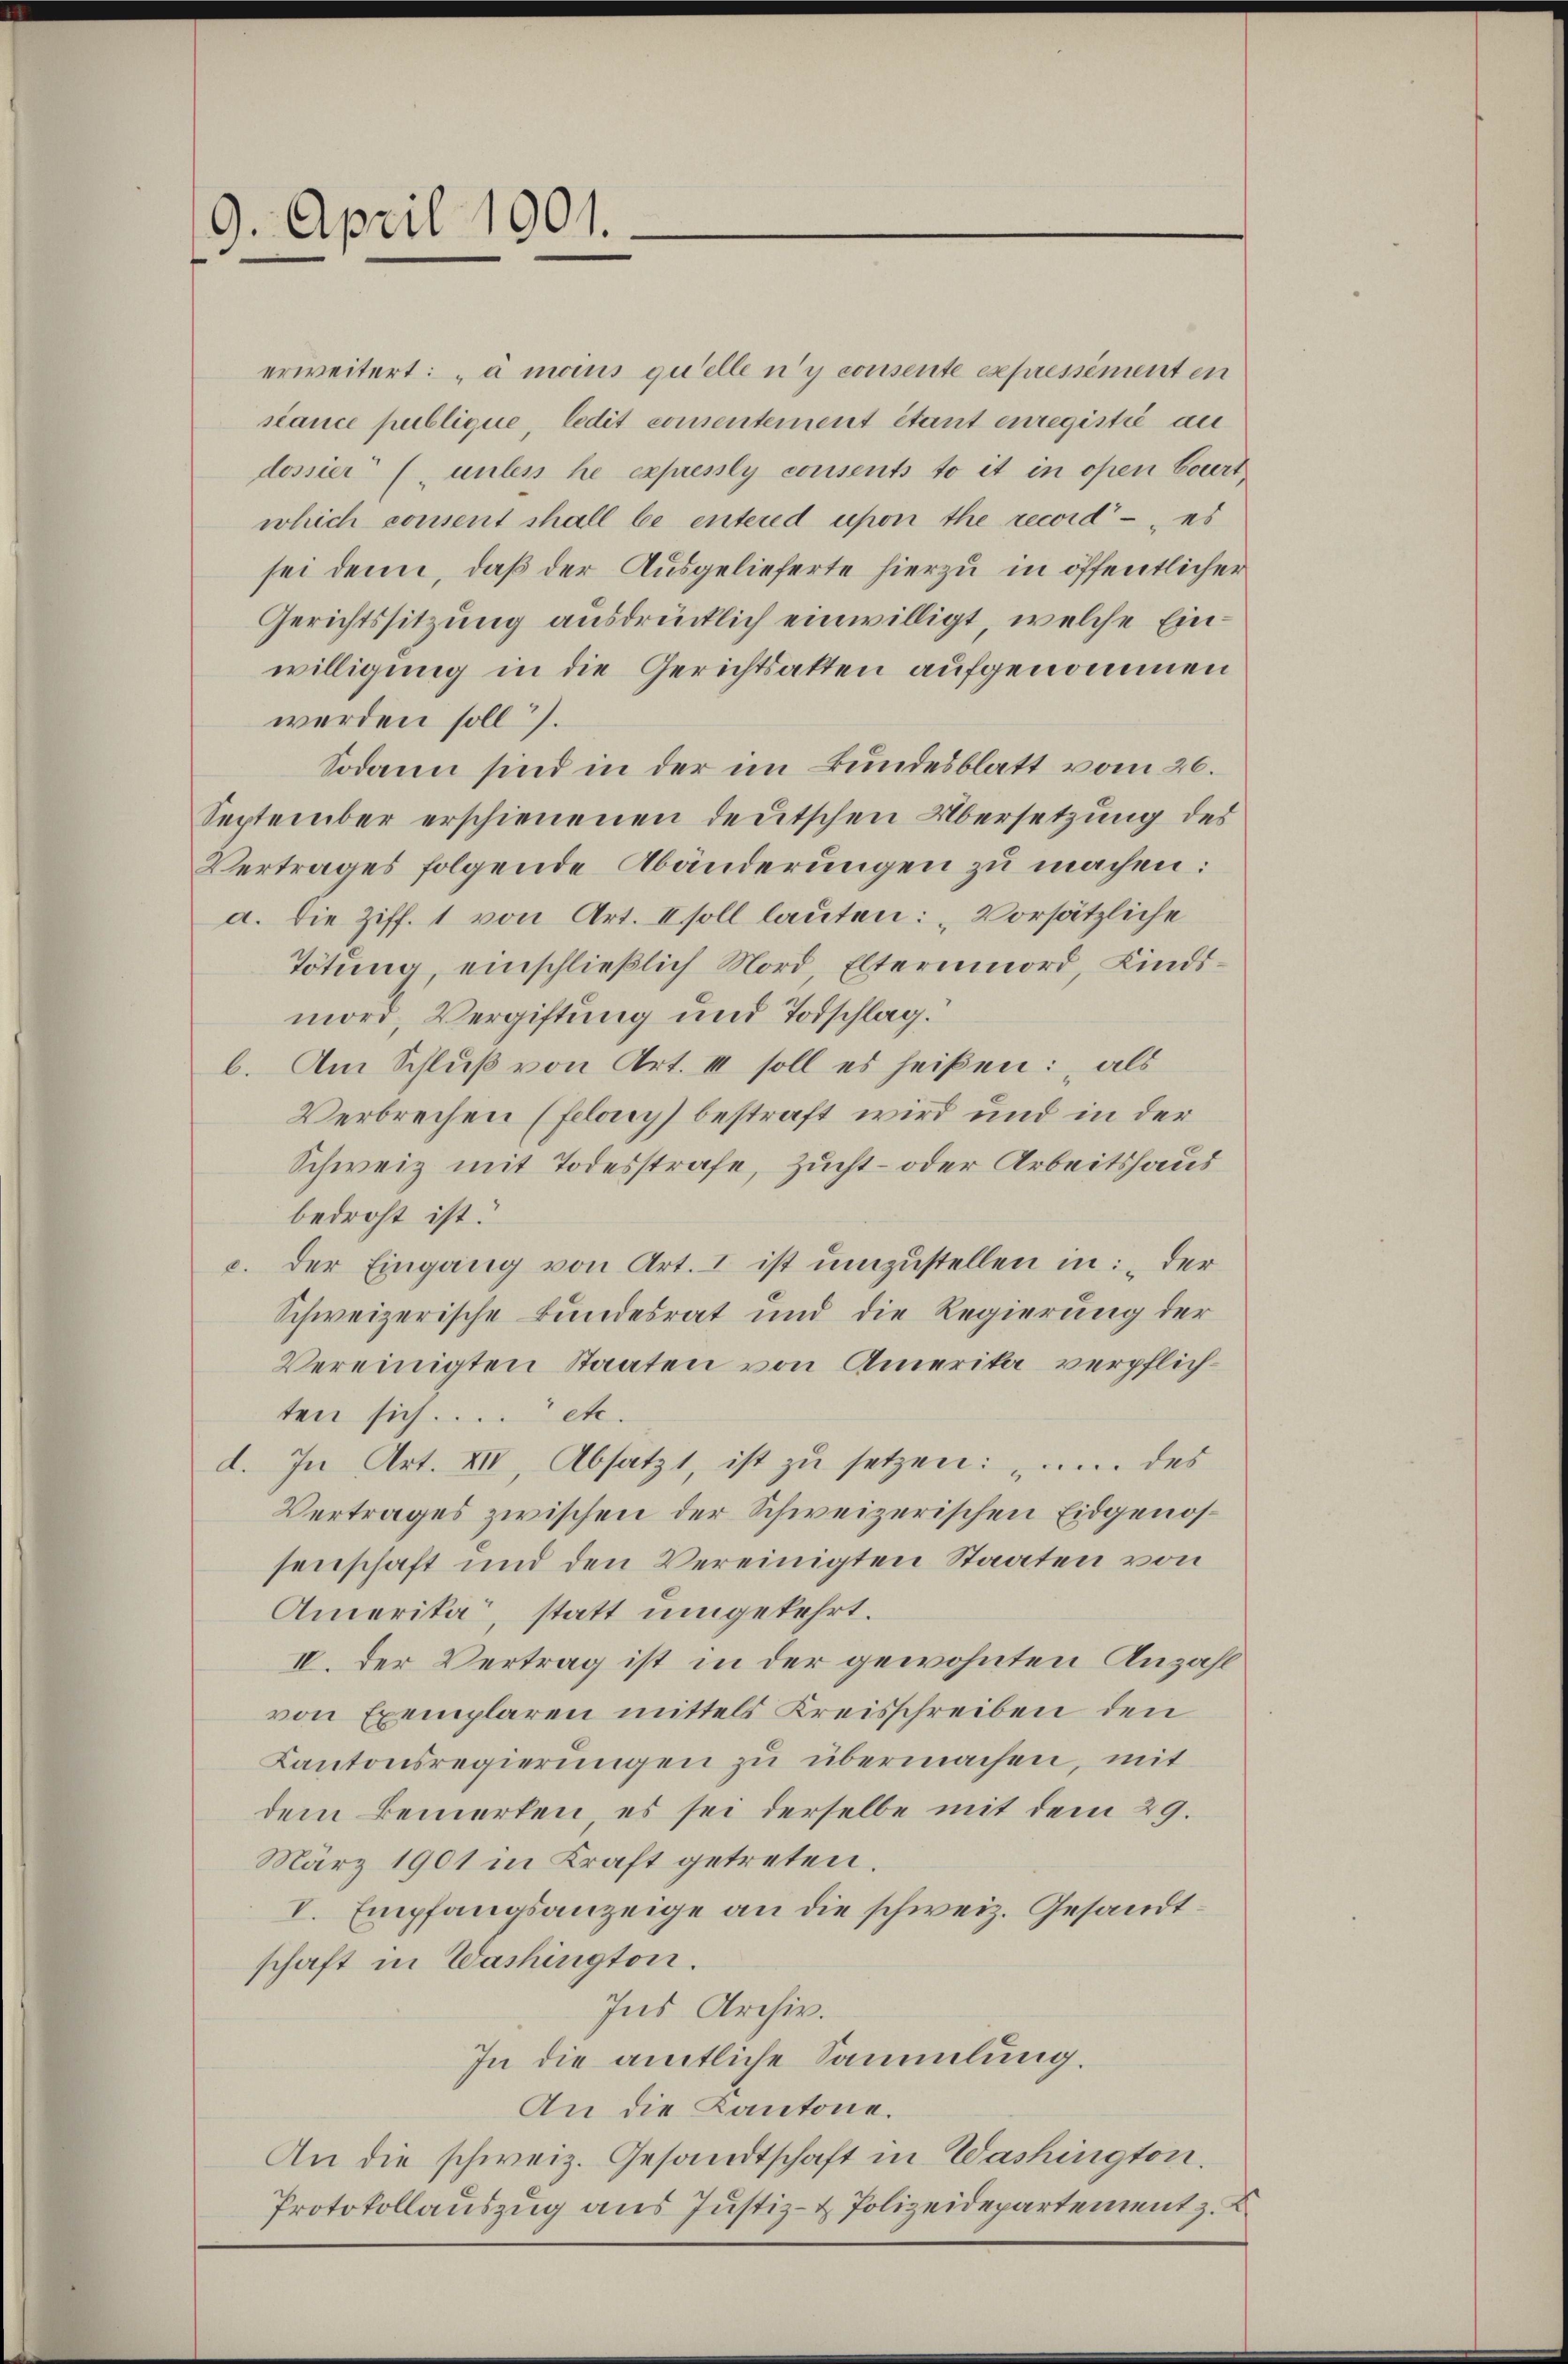
19. April 1901.

erweitert: „à moins quelle n’y consente expressément en
siance publique, ledit consentement étant enregistrie au
dossier (untes he expressly consents to it in oben Court
wlich consent schall be entered upon the record - es
sei denn, daß der Ausgelieferte hierzu in öffentlicher
Gerichtssitzung ausdrücklich einwilligt, welche Einwilligung in die Gerichtsatten aufgenommen
werden soll).
Sodann sind in der im Bundesblatt vom 26.
September erschienenen deutschen Übersetzung des
Vertrages folgende Abänderungen zu machen:
a. Die Ziff. 1 von Art. II soll lauten: „Vorsätzliche
Tötung, einschließlich Mord Elternmord, Kindsmord, Vergiftung und Todschlag.
b. Am Schluß von Art. III soll es heißen: „als
Verbrechen (felay) bestraft wird und in der
Schweiz mit Todesstrafe, Zucht- oder Arbeitshaus
bedroht ist.
c. der Eingang von Art. 1 ist umzustellen in: „der
Schweizerische Bundesrat und die Regierung der
Vereinigten Staaten von Amerika verpflichten sich.... etc.
d. In Art. XII, Absatzt, ist zu setzen: „un. des
Vertrages zwischen der Schweizerischen Eidgenossenschaft und den Vereinigten Staaten von
Amerika, statt umgekehrt.
IV. Der Vertrag ist in der gewohnten Anzahl
von Exemplaren mittels Kreisschreiben den
Kantonsregierungen zu übermachen, mit
dem Bemerken, es sei derselbe mit dem 29.
März 1901 in Kraft getreten.
V. Empfangsanzeige an die schweiz. Gesandtschaft in Washington.
Ins Archiv.
In die amtliche Sammlung.
An die Kantone.
An die schweiz. Gesandtschaft in Washington.
Protokollauszug aus Justiz- & Polizeidepartement z. K